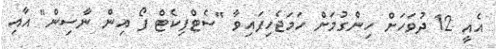
އެއީ 12 ދުވަހަށް ހިންގުމަށް ހަމަޖެހިފައިވާ "ސެޓްފިކެޓް ފޯ އިން ނާސިން" އާއި